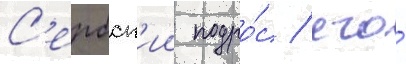
С'ербск'ии подро́с / его́